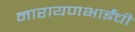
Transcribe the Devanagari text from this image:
नारायणभाईंची